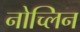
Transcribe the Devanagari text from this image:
नोच्लिन